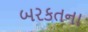
બરકતના